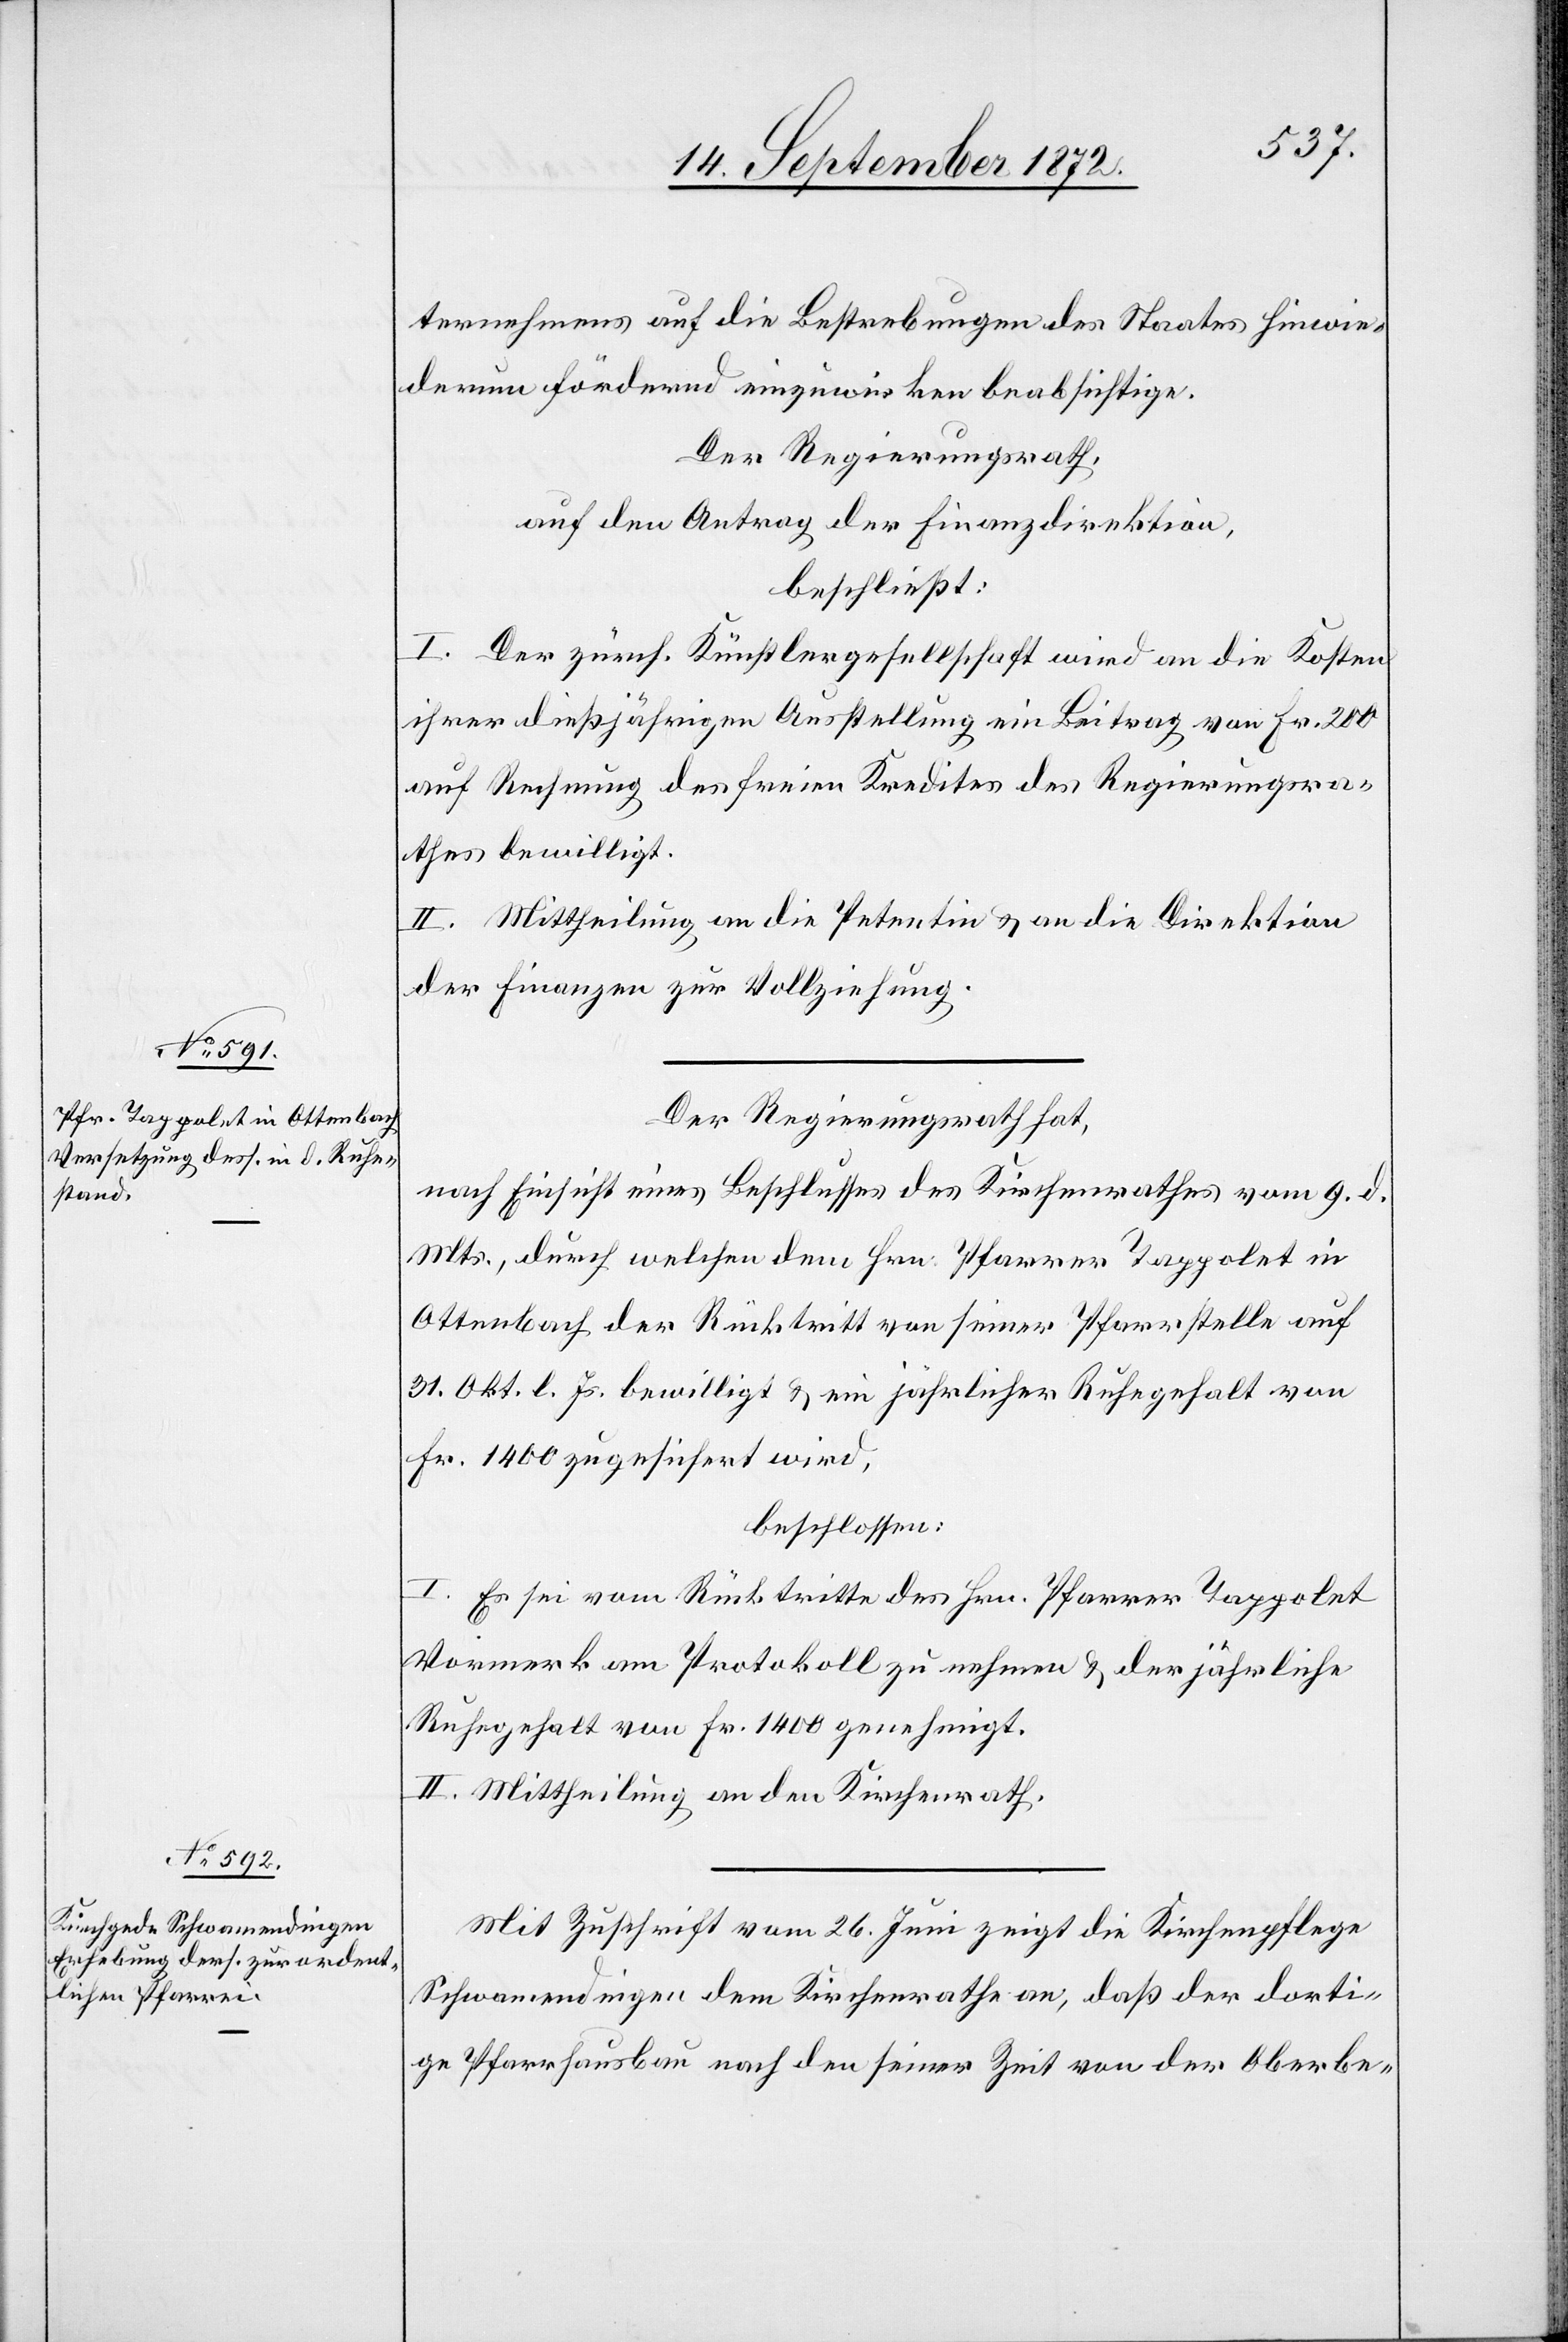
ternehmens auf die Bestrebungen des Staates hinwie¬
derum fördernd einzuwirken beabsichtige.
Der Regierungsrath,
auf den Antrag der Finanzdirektion,
beschließt:
I. Der zürch. Künstlergesellschaft wird an die Kosten
ihrer dießjährigen Ausstellung ein Beitrag von Fr. 200
auf Rechnung des freien Kredites des Regierungsra¬
thes bewilligt.
II. Mittheilung an die Petentin u. an die Direktion
der Finanzen zur Vollziehung.
Der Regierungsrath hat,
nach Einsicht eines Beschlusses des Kirchenrathes vom 9. d.
Mts., durch welchen dem Hrn. Pfarrer Tappolet in
Ottenbach der Rücktritt von seiner Pfarrstelle auf
31. Okt. l. Js. bewilligt u. ein jährlicher Ruhegehalt von
Fr. 1400 zugesichert wird,
beschlossen:
I. Es sei vom Rücktritte des Hrn. Pfarrer Tappolet
Vormerk am Protokoll zu nehmen u. der jährliche
Ruhegehalt von Fr. 1400 genehmigt.
II. Mittheilung an den Kirchenrath.
Mit Zuschrift vom 26. Juni zeigt die Kirchenpflege
Schwamendingen dem Kirchenrathe an, daß der dorti¬
ge Pfarrhausbau nach den seiner Zeit von der Oberbe-